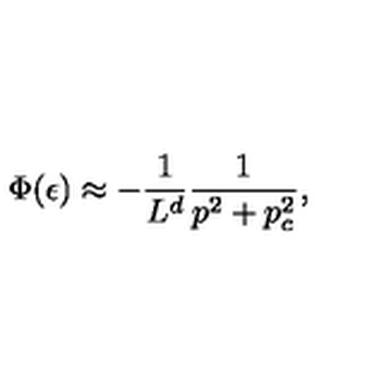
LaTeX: \Phi ( \epsilon ) \approx - { \frac { 1 } { L ^ { d } } } { \frac { 1 } { p ^ { 2 } + p _ { c } ^ { 2 } } } ,